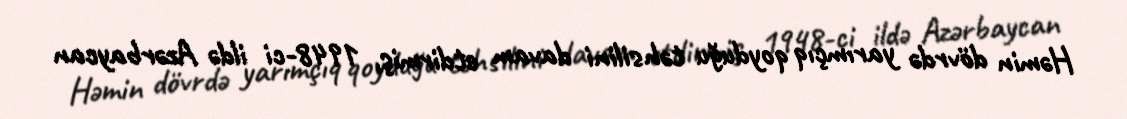
Həmin dövrdə yarımçıq qoyduğu təhsilini davam etdirmiş, 1948-ci ildə Azərbaycan